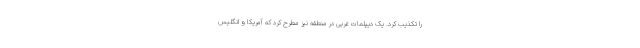
را تکذیب کرد. یک دیپلمات غربی در منطقه نیز مطرح کرد که آمریکا و انگلیس